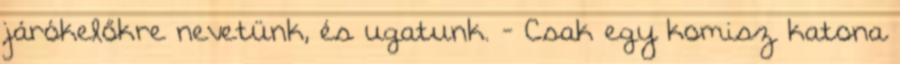
járókelőkre nevetünk, és ugatunk. - Csak egy komisz katona